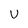
Character: U